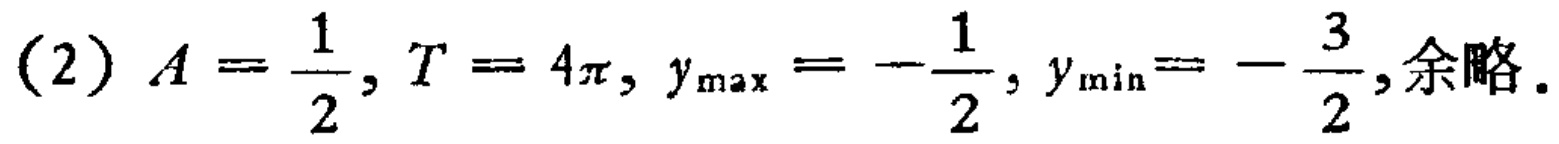
(2) \(A = \frac{1}{2}, T = 4\pi, y_{\max}=-\frac{1}{2}, y_{\min}=-\frac{3}{2},\)余略.